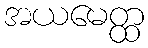
အယမေတ္ထ